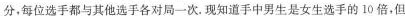
每位选手都与其他选手各对局一次。现知道手中男生是女生选手的10倍，但